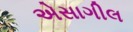
એસાગીલ